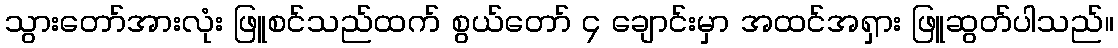
သွားတော်အားလုံး ဖြူစင်သည်ထက် စွယ်တော် ၄ ချောင်းမှာ အထင်အရှား ဖြူဆွတ်ပါသည်။